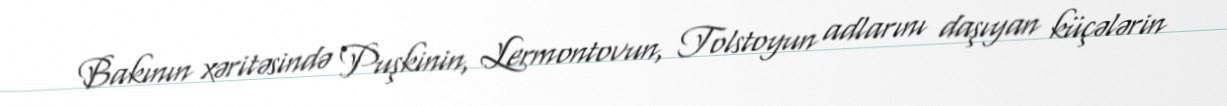
Bakının xəritəsində Puşkinin, Lermontovun, Tolstoyun adlarını daşıyan küçələrin